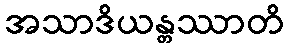
အသာဒိယန္တဿာတိ